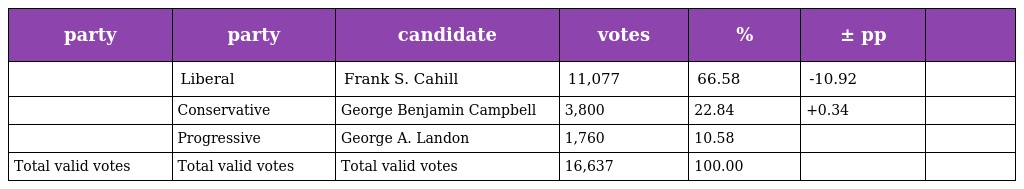
| party | party | candidate | votes | % | ± pp |  |
 | --- | --- | --- | --- | --- | --- | --- |
 |  | Liberal | Frank S. Cahill | 11,077 | 66.58 | -10.92 |  |
 |  | Conservative | George Benjamin Campbell | 3,800 | 22.84 | +0.34 |  |
 |  | Progressive | George A. Landon | 1,760 | 10.58 |  |  |
 | Total valid votes | Total valid votes | Total valid votes | 16,637 | 100.00 |  |  |